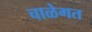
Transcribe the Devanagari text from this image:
चाळेगत